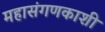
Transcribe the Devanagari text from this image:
महासंगणकाशी